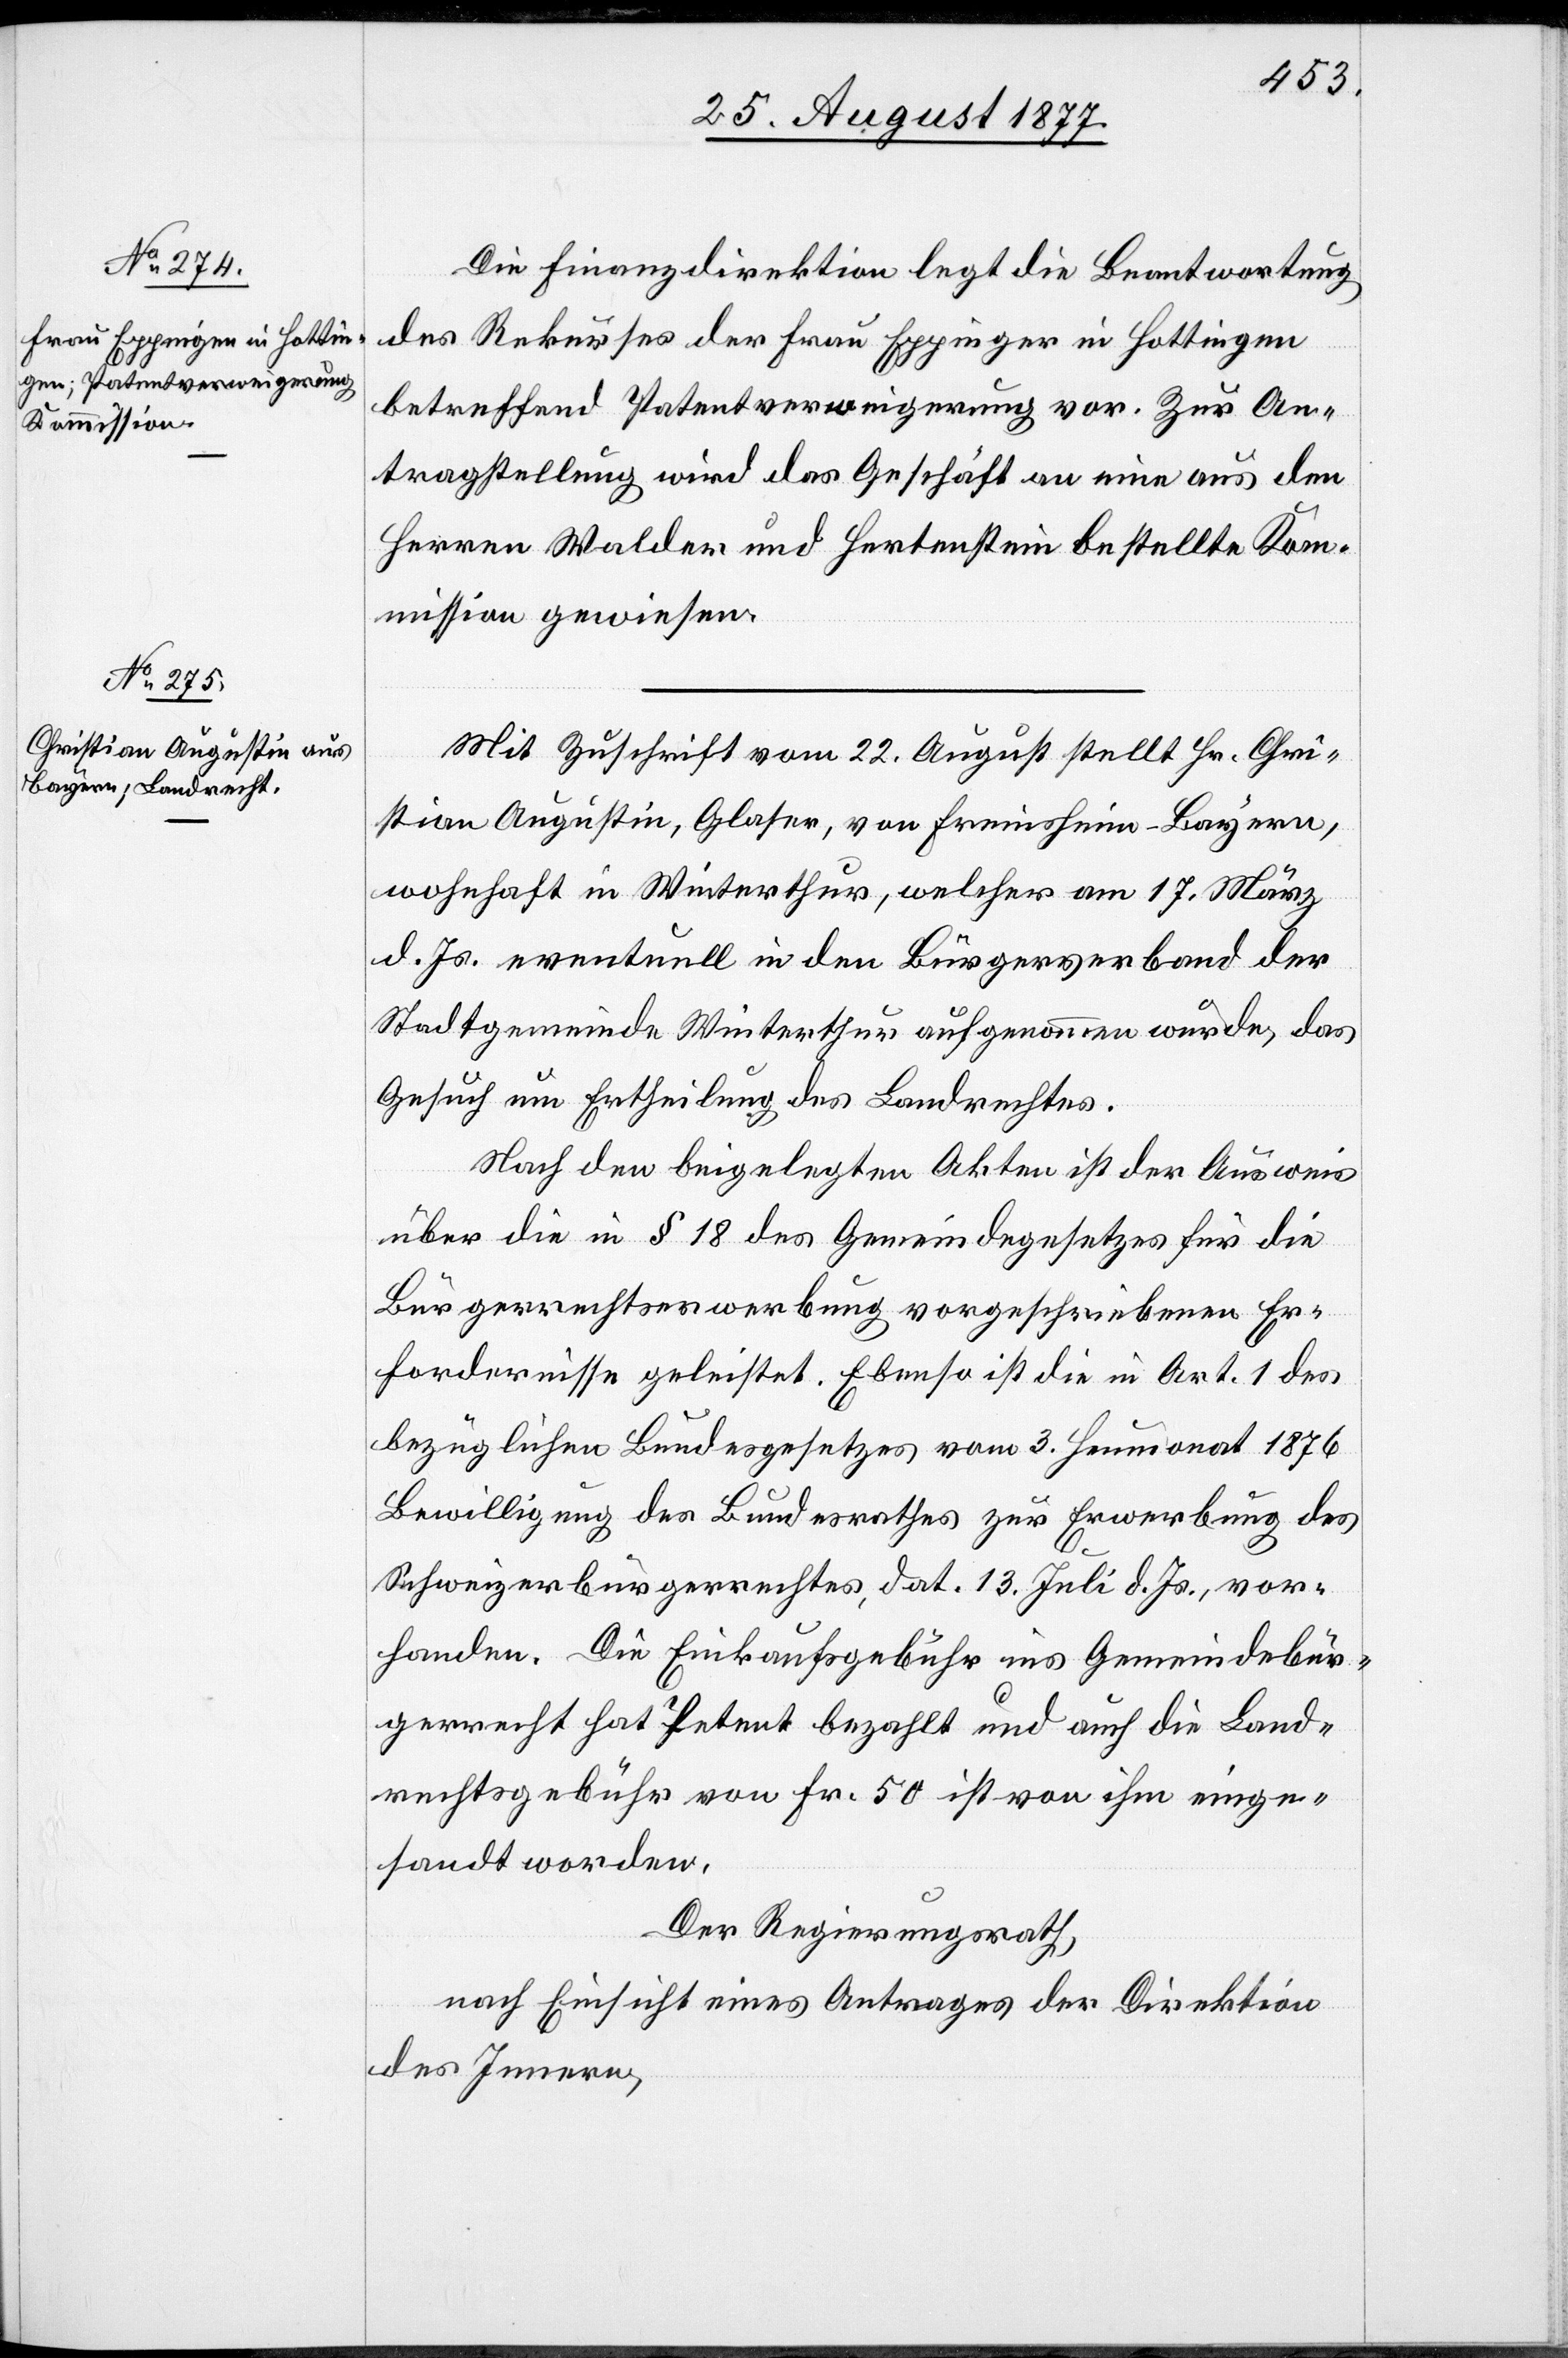
Die Finanzdirektion legt die Beantwortung
des Rekurses der Frau Eppinger [sic!] in Hottingen
betreffend Patentverweigerung vor. Zur An¬
tragstellung wird das Geschäft an eine aus den
Herren Walder und Hertenstein bestellte Kom¬
mission gewiesen.
Mit Zuschrift vom 22. August stellt Hr. Chri¬
stian Augustin, Glaser, von Freinsheim - Bayern,
wohnhaft in Winterthur, welcher am 17. März
d. Js. eventuell in den Bürgerverband der
Stadtgemeinde Winterthur aufgenommen wurde, das
Gesuch um Ertheilung des Landrechtes.
Nach den beigelegten Akten ist der Ausweis
über die in § 18 des Gemeindegesetzes für die
Bürgerrechtserwerbung vorgeschriebenen Er¬
fordernisse geleistet. Ebenso ist die in Art. 1 des
bezüglichen Bundesgesetzes vom 3. Heumonat 1876
Bewilligung des Bundesrathes zur Erwerbung des
Schweizerbürgerrechtes, dat. 13. Juli d. Js., vor¬
handen. Die Einkaufsgebühr ins Gemeindebür¬
gerrecht hat Petent bezahlt und auch die Land¬
rechtsgebühr von Fr. 50 ist von ihm einge¬
sandt worden.
Der Regierungsrath,
nach Einsicht eines Antrages der Direktion
des Innern,